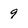
Character: 9